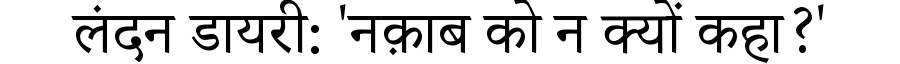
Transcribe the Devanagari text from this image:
लंदन डायरी: 'नक़ाब को न क्यों कहा?'